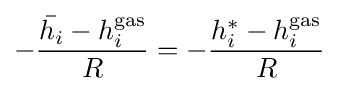
-{\frac {{\bar {h_{i}}}-h_{i}^{\mathrm {gas} }}{R}}=-{\frac {h_{i}^{*}-h_{i}^{\mathrm {gas} }}{R}}